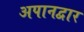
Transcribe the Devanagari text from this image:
अपानद्वार